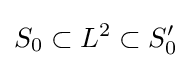
S_{0}\subset L^{2}\subset S_{0}'